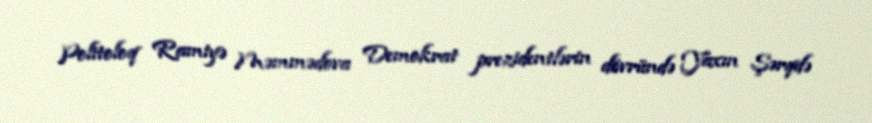
Politoloq Ramiyə Məmmədova Demokrat prezidentlərin dövründə Yaxın Şərqdə